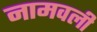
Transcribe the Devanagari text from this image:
नामवली